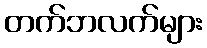
တက်ဘလက်များ